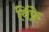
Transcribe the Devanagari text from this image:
विंफ्रे